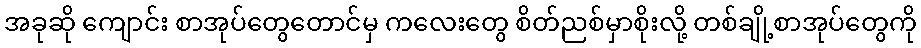
အခုဆို ကျောင်း စာအုပ်တွေတောင်မှ ကလေးတွေ စိတ်ညစ်မှာစိုးလို့ တစ်ချို့စာအုပ်တွေကို